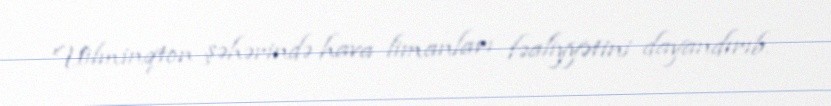
Uilminqton şəhərində hava limanları fəaliyyətini dayandırıb.